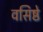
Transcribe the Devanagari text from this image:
वसिष्ठे